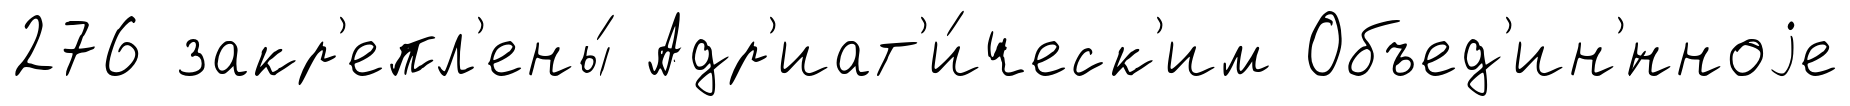
276 закр'епл'ены́ Адр'иат'и́ческ'им Объед'ин'́нноjе